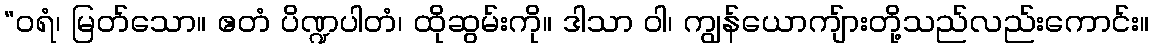
“ဝရံ၊ မြတ်သော။ ဧတံ ပိဏ္ဍပါတံ၊ ထိုဆွမ်းကို။ ဒါသာ ဝါ၊ ကျွန်ယောကျ်ားတို့သည်လည်းကောင်း။